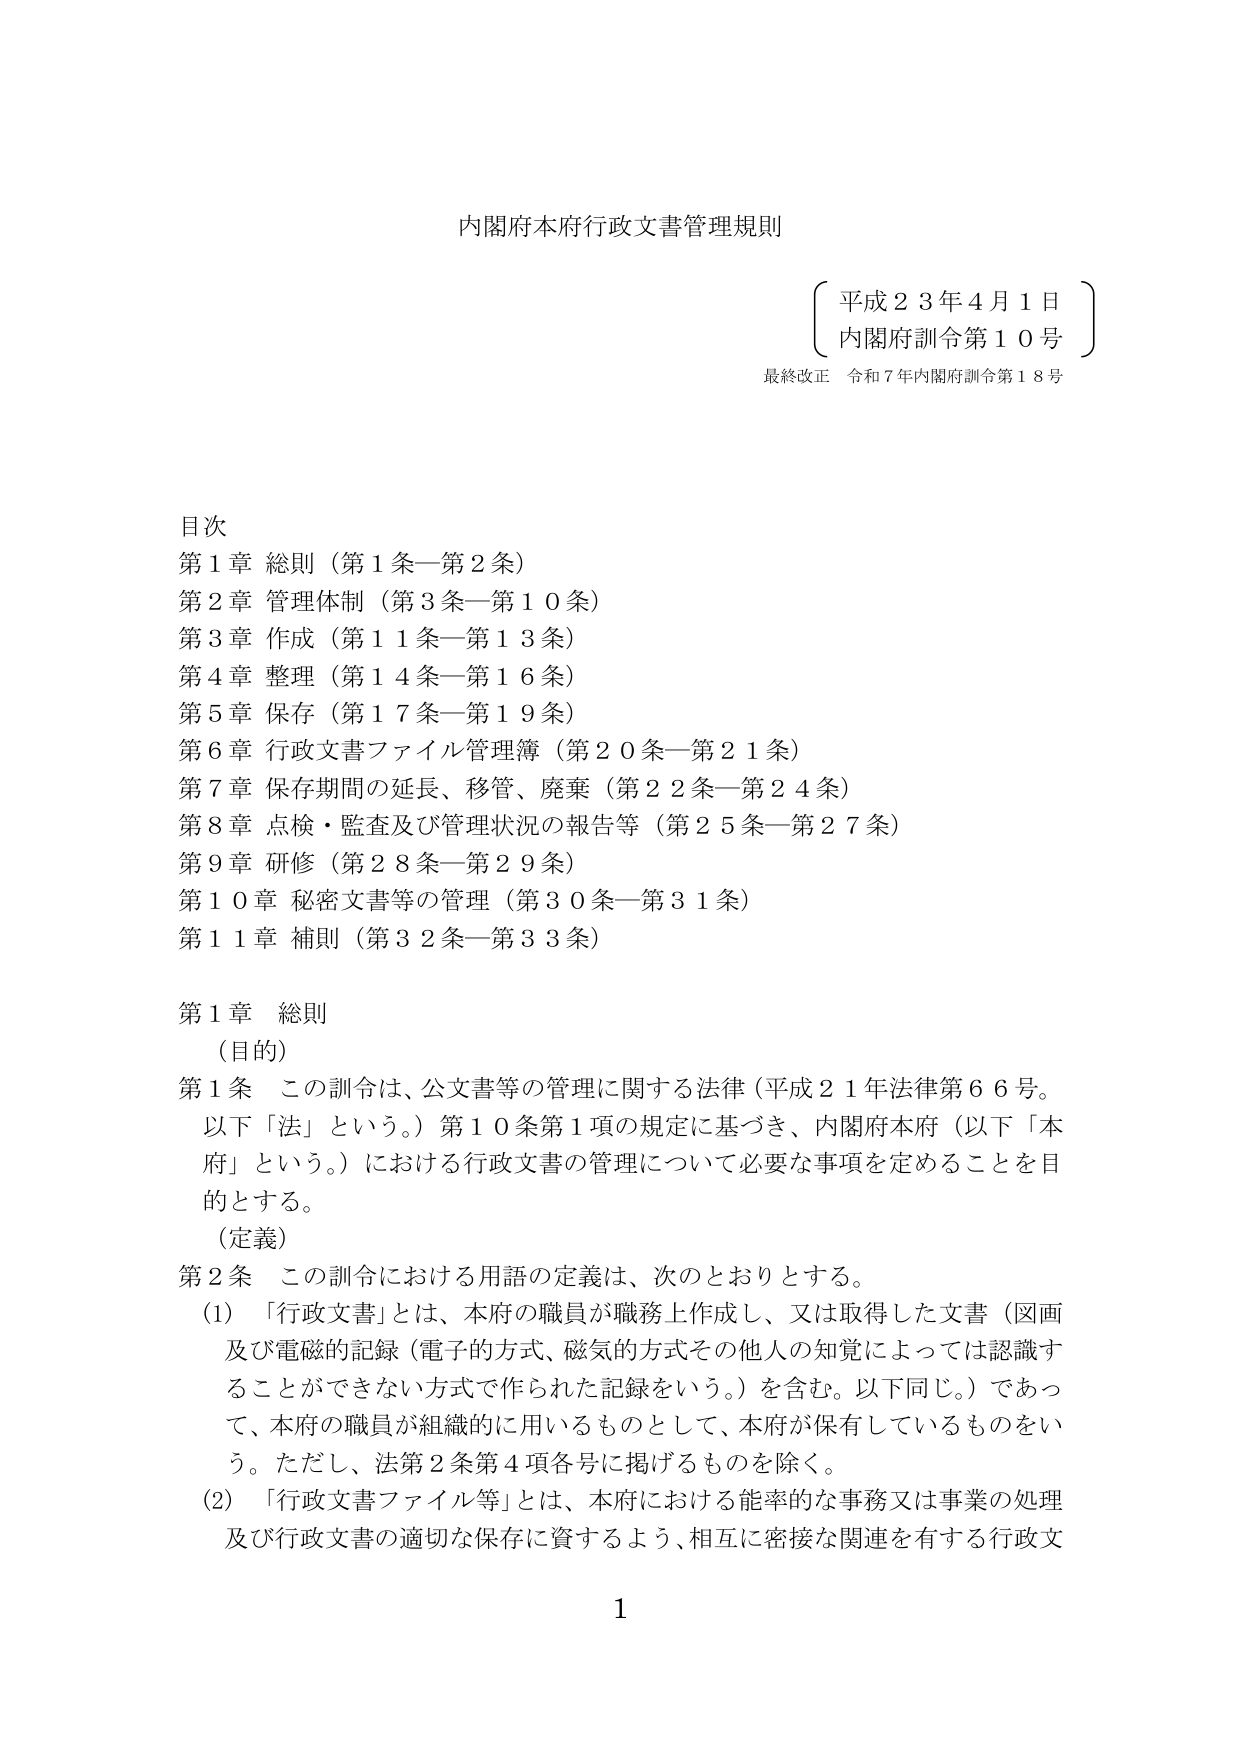
内閣府本府行政文書管理規則

平成２３年４月１日
内閣府訓令第１０号
最終改正 令和７年内閣府訓令第１８号

目次
第１章 総則（第１条―第２条）
第２章 管理体制（第３条―第１０条）
第３章 作成（第１１条―第１３条）
第４章 整理（第１４条―第１６条）
第５章 保存（第１７条―第１９条）
第６章 行政文書ファイル管理簿（第２０条―第２１条）
第７章 保存期間の延長、移管、廃棄（第２２条―第２４条）
第８章 点検・監査及び管理状況の報告等（第２５条―第２７条）
第９章 研修（第２８条―第２９条）
第１０章 秘密文書等の管理（第３０条―第３１条）
第１１章 補則（第３２条―第３３条）

第１章 総則
（目的）
第１条 この訓令は、公文書等の管理に関する法律（平成２１年法律第６６号。以下「法」という。）第１０条第１項の規定に基づき、内閣府本府（以下「本府」という。）における行政文書の管理について必要な事項を定めることを目的とする。
（定義）
第２条 この訓令における用語の定義は、次のとおりとする。
（1）「行政文書」とは、本府の職員が職務上作成し、又は取得した文書（図画及び電磁的記録（電子的方式、磁気的方式その他人の知覚によっては認識することができない方式で作られた記録をいう。）を含む。以下同じ。）であって、本府の職員が組織的に用いるものとして、本府が保有しているものをいう。ただし、法第２条第４項各号に掲げるものを除く。
（2）「行政文書ファイル等」とは、本府における能率的な事務又は事業の処理及び行政文書の適切な保存に資するよう、相互に密接な関連を有する行政文

1